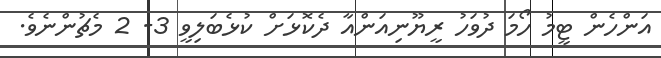
އަންހެން ޓީމު ހޯމަ ދުވަހު ރީޔޫނިއަންއާ ދެކޮޅަށް ކުޅެބަލިވީ 3- 2 މެޗުންނެވެ.